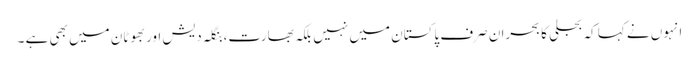
انہوں نے کہا کہ بجلی کا بحران صرف پاکستان میں نہیں بلکہ بھارت،بنگلہ دیش اور بھوٹان میں بھی ہے ۔